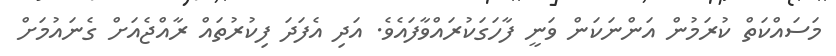
މަސައްކަތް ކުރަމުން އަންނަކަން ވަނީ ފާހަގަކުރައްވާފައެވެ. އަދި އެފަދަ ފިކުރުތައް ރާއްޖެއަށް ގެނައުމަށް